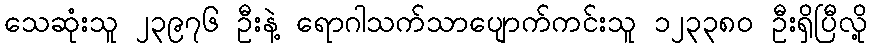
သေဆုံးသူ ၂၃၉၇၆ ဦးနဲ့ ရောဂါသက်သာပျောက်ကင်းသူ ၁၂၃၃၈၀ ဦးရှိပြီလို့